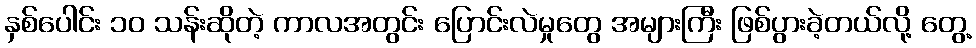
နှစ်ပေါင်း ၁၀ သန်းဆိုတဲ့ ကာလအတွင်း ပြောင်းလဲမှုတွေ အများကြီး ဖြစ်ပွားခဲ့တယ်လို့ တွေ့